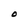
Character: O